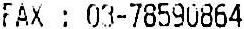
FAX : 03-78590864